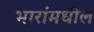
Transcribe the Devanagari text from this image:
भारांमधील